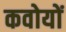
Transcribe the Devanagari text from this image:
कवोयों